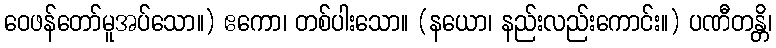
ဝေဖန်တော်မူအပ်သော။) ဧကော၊ တစ်ပါးသော။ (နယော၊ နည်းလည်းကောင်း။) ပဏီတန္တိ၊